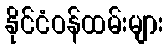
နိုင်ငံဝန်ထမ်းများ